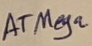
Text: ATMega